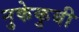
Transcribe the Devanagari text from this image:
नुकेकुबी